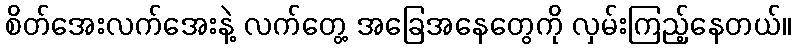
စိတ်အေးလက်အေးနဲ့ လက်တွေ့ အခြေအနေတွေကို လှမ်းကြည့်နေတယ်။